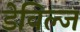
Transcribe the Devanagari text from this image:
डेविल्ज